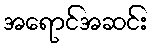
အရောင်အဆင်း